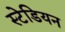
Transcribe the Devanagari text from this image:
स्टेडियन